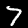
Digit: 7